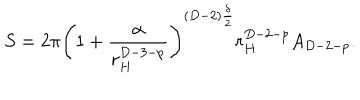
LaTeX: S = 2 \pi \left( 1 + \frac { \alpha } { r _ { H } ^ { D - 3 - p } } \right) ^ { ( D - 2 ) \frac { \delta } { 2 } } r _ { H } ^ { D - 2 - p } A _ { D - 2 - p } .